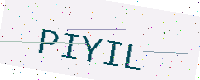
Text: PIYIL